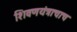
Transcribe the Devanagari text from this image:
शिवणयंत्राचाच